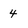
Character: 4